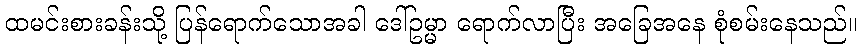
ထမင်းစားခန်းသို့ ပြန်ရောက်သောအခါ ဒေါ်ဥမ္မာ ရောက်လာပြီး အခြေအနေ စုံစမ်းနေသည်။